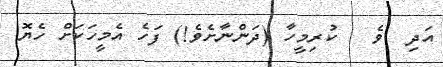
އަދި  ވެ   ކުރިމީހާ (ދަންނާށެވެ!) ފަހެ އެމީހަކަށް ހެޔޮ